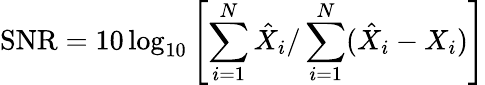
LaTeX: \mathrm{SNR}=10\log_{10}\left[\sum_{i=1}^{N}\hat{X}_{i}/\sum_{i=1}^{N}(\hat{X}_{i}-X_{i})\right]